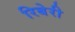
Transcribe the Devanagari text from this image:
रिबेरी